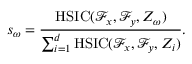
s _ { \omega } = \frac { \mathrm { H S I C } ( \mathcal { F } _ { x } , \mathcal { F } _ { y } , Z _ { \omega } ) } { \sum _ { i = 1 } ^ { d } \mathrm { H S I C } ( \mathcal { F } _ { x } , \mathcal { F } _ { y } , Z _ { i } ) } .